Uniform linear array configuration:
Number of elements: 32
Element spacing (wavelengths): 1
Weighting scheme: exponential
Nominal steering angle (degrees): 30
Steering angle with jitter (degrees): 31.948
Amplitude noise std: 0.05
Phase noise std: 0.05

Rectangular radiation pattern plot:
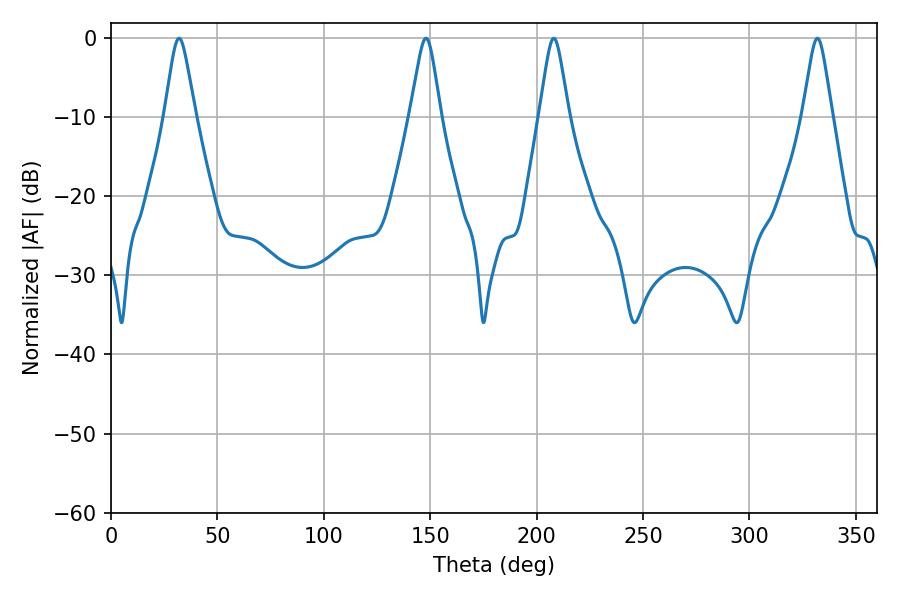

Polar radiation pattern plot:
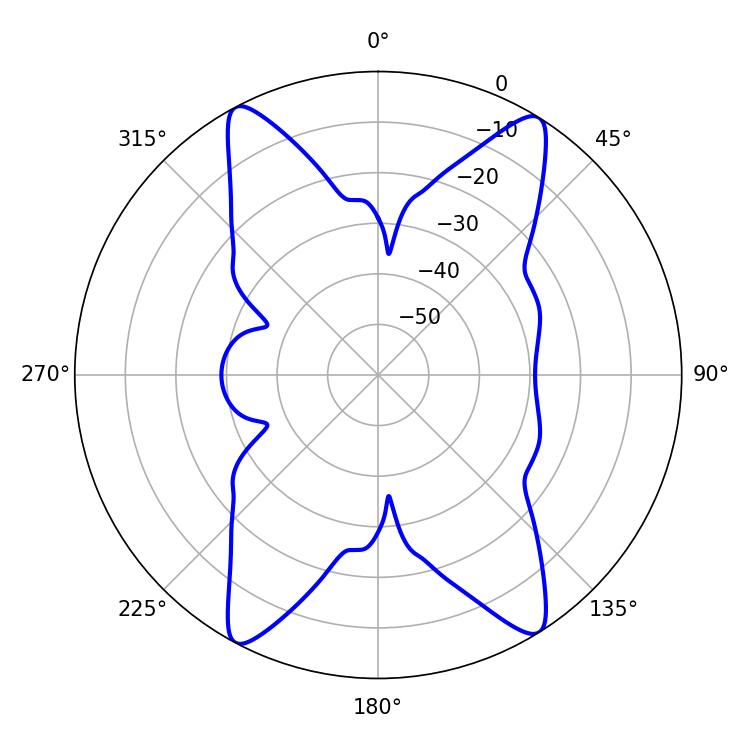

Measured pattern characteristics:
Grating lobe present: TRUE
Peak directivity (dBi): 19.261
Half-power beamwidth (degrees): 6.48
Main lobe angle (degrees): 208.08